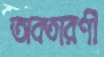
অবতারণী